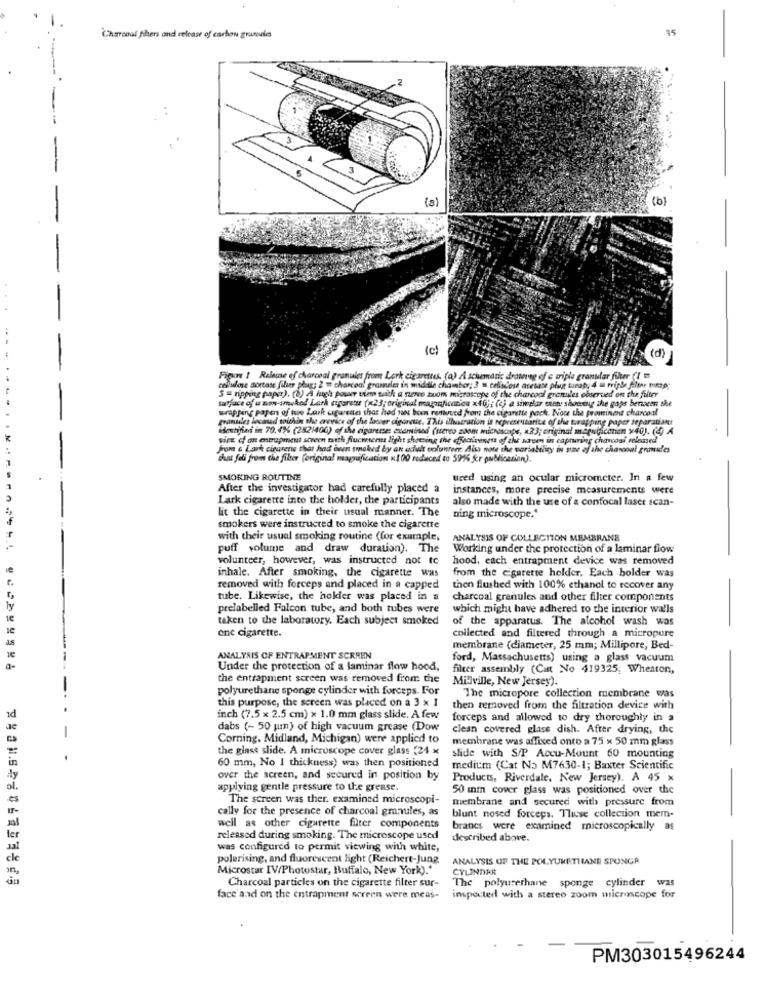
15
Charcoal Shers and release of carbon grundles
3
(d)
Figure 1 Release of charcoal granules from Lerk cigarettes. (a) A schematic drawveg of e triple granular filter (I
cellulose sortase filumr plug; 2 = charcoal grasneler in middle chamber; 3 = cellscose acesare plug tunap, 4 m triple felmer torap"
surface of a non-smoked Lark cigarette (x23; original magarification x40); (c) a simalar tien showing the gaps bertacen she
5 = ripping papa). [&) A Hugh pour vir with a nieree zoom microscope of the charcoal granules observed on the filter
wrapping papen of tue Lark cigareans that had sin been remtuved from the cigarette pach. Now the prominent charcoal
pranudes located within the crevice of the laever cigareue. This ilhatration is representative of the turapping paper separaDont
Hestijfini in 70,4%% (2821400) of the cigaremses examined (stereo zoom microscope, 23; original maguGiconcn x40). (4) A
siee ef an entrapment streen mich fucenters light showing the effectiveness of the screen in capturing chavcosi released
from & Lark ciegrene that had been smoked by an adult volunteer. Also note the variability in one of the charcoal grand'es
Saat fell from the filer (original magufication x100 reduced to 597% fr publicarinn).
SMOKING ROUTINE
ured using an ocular micrometer. In a few
After the investigator had carefully placed a
instances, more precise measurements were
Lark cigarette into the holder, the participants
also made with the use of a confocal laser scan-
lit the cigarette in their usual manner. The
ning microscope."
smokers were instructed to smoke the cigarette
with their usual smoking routine (for example,
ANALYSIS OF COLLECTION MEMBRANE
puff volume and draw duration). The
Working under the protection of a laminar flow
volunteer, however, was instructed not to
hood, each entrapment device was removed
from the cigarette holder. Each bolder was
inhale. After smoking, the cigarette was
removed with forceps and placed in a capped
then flushed with 100% ethanol to recover any
tube. Likewise, the hokier was placed in a
charcoal granules and other filter components
prelabelled Falcon tube, and both tubes were
which might have adhered to the interior walls
taken to the laboratory. Each subject smoked
of the apparatus. The alcohol wash was
one cigarette.
collected and filtered through a micropure
membrane (diameter, 25 mm; Millipore, Bed-
ANALYSIS OF ENTRAPMENT SCRREN
ford, Massachusetts) using a glass vacuum
Under the protection of a laminar flow hood,
filter assembly (Cat No 419325; Wheaton,
the entrapment screen was removed from the
Millville, New Jersey).
-
polyurethane sponge cylinder with forceps. For
The micropore collection membrane was
this purpose, the screen was placed on a 3 x 1
then removed from the filtration device with
inch (7.5 x 2.5 cm) × 1.0 mm glass slide. A few
forceps and allowed to dry thoroughly in a
dabs (~ 50 jum) of high vacuum grease (Dow
clean covered glass dish. After drying, the
Corning, Midland, Michigan) were applied to
membrane was affixed onto a 75 x 50 mm glass
the glass slide. A microscope cover glass (24 x
.
60 mm, No I thickness) was then positioned
slide with S/P Accu-Mount 60 mounting
medium (Cat No M7630-1; Baxter Scientific
over the screen, and secured in position by
Products, Riverdale, New Jersey). A 45 x
applying gentle pressure to the grease.
50 mm cover glass was positioned over the
The screen was ther. examined microscopi-
membrane and secured with pressure from
cally for the presence of charcoal granules, as
blunt nosed forceps. Tlise collection mem-
well as other cigarette filter components
branes were examined microscopically as
released during smoking. The microscope used
described above.
was configured to permit viewing with white,
polarising, and fluorescent light (Reichert-Jung
ANALYSIS OF THE POLYURETHANE SPONGA
Microstar IV/Photostar, Buffalo, New York)."
CYLINDER
Charcoal particles on the cigarette filter sur-
The polyurethane sponge cylinder was
face and on the entrapment screen were meas-
inspected with a stereo zoom microscope for
PM303015496244